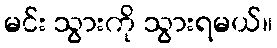
မင်း သွားကို သွားရမယ်။